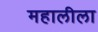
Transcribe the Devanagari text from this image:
महालीला